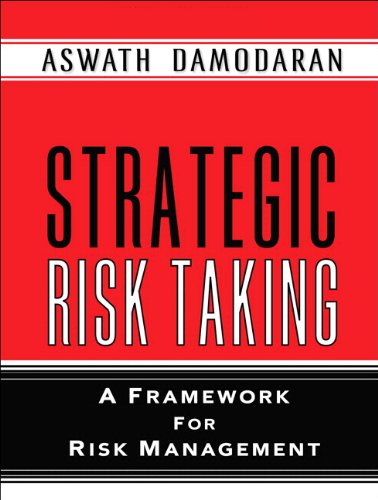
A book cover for Strategic Risk Taking: A Framework for Risk Management (paperback); Aswath Damodaran; Business & Money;